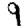
Digit: 9